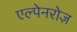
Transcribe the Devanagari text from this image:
एल्पेनरोज़